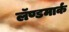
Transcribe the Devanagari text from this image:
लॅण्डमार्क